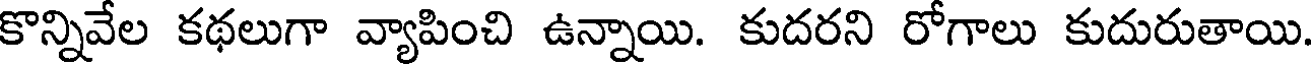
కొన్నివేల కథలుగా వ్యాపించి ఉన్నాయి. కుదరని రోగాలు కుదురుతాయి.